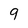
Character: 9